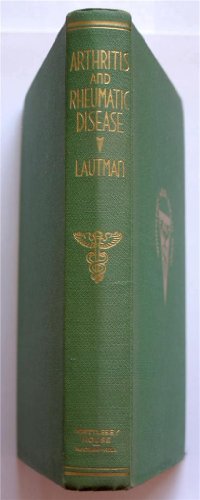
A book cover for Arthritis and Rheumatic Disease; Maurice F Lautman; Health, Fitness & Dieting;